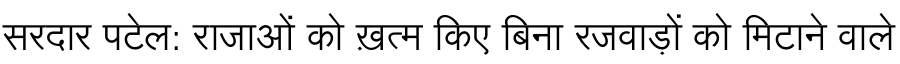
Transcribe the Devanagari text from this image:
सरदार पटेल: राजाओं को ख़त्म किए बिना रजवाड़ों को मिटाने वाले